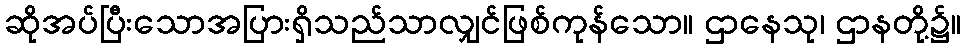
ဆိုအပ်ပြီးသောအပြားရှိသည်သာလျှင်ဖြစ်ကုန်သော။ ဌာနေသု၊ ဌာနတို့၌။